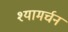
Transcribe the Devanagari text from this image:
श्यामर्चन